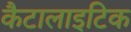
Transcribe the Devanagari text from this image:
कैटालाइटिक